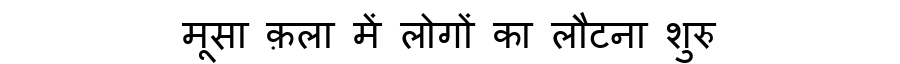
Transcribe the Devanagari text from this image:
मूसा क़ला में लोगों का लौटना शुरु